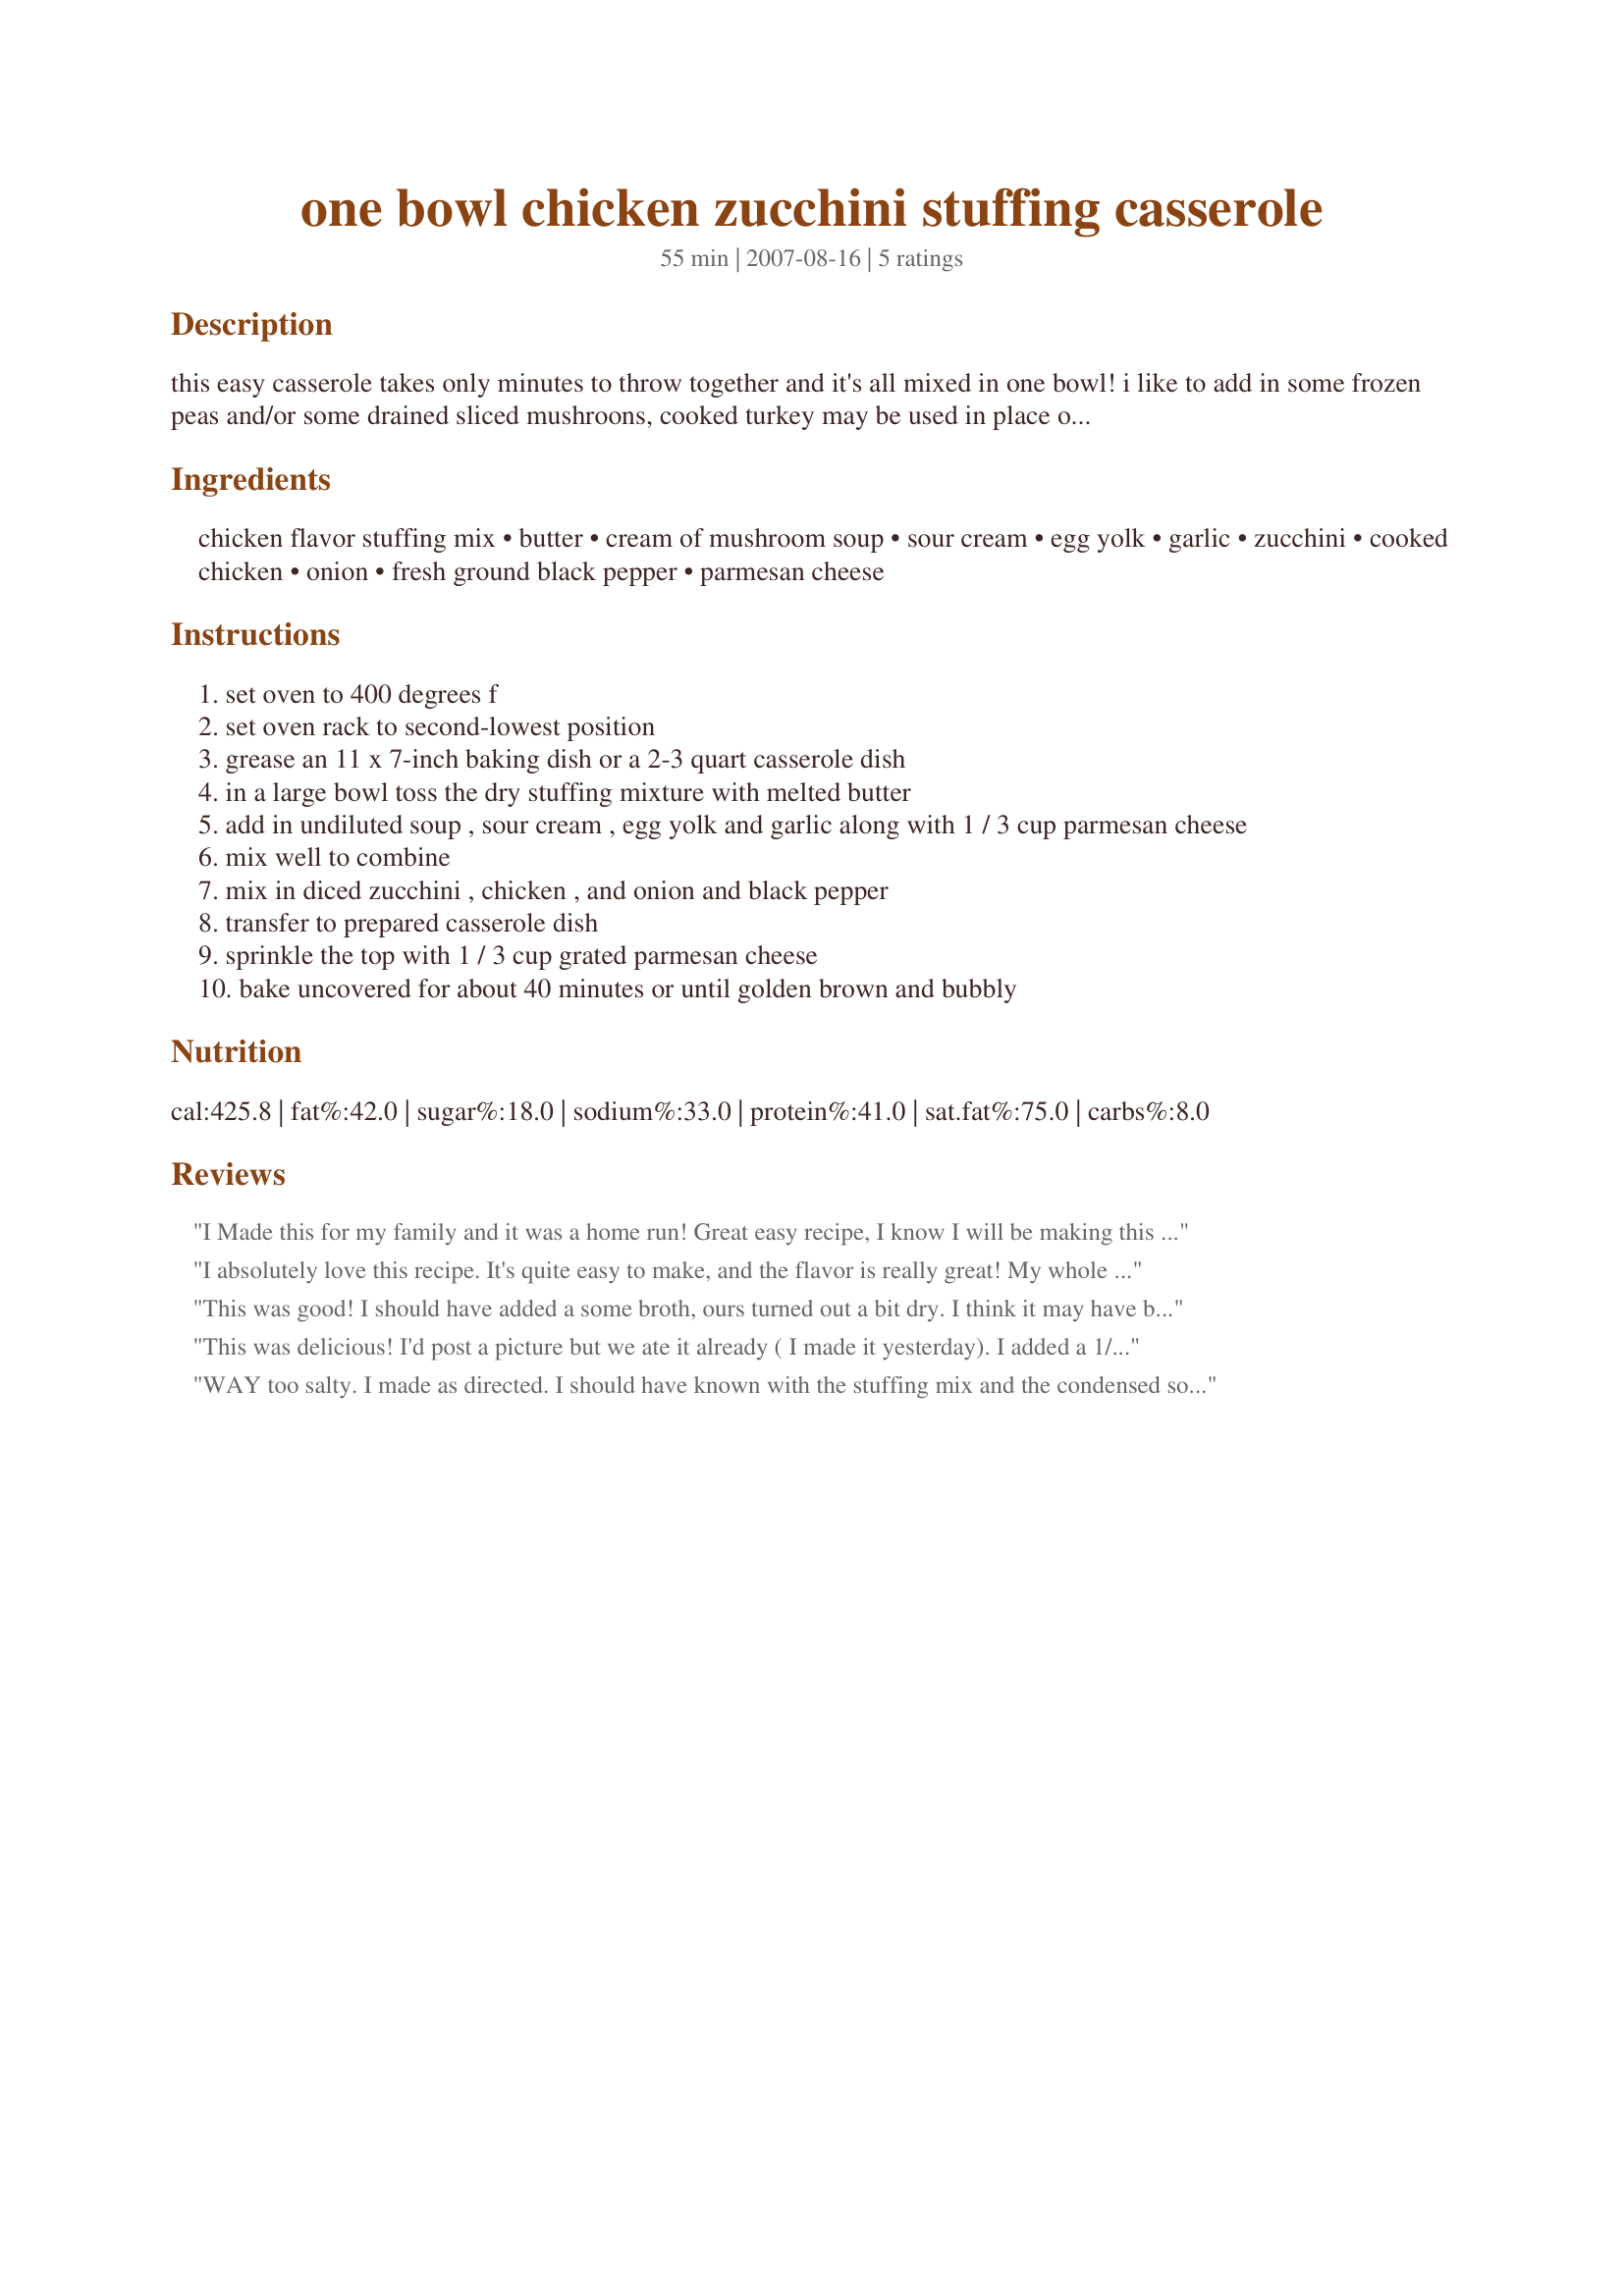
one bowl chicken zucchini stuffing casserole
Preparation time: 55 minutes

this easy casserole takes only minutes to throw together and it's all mixed in one bowl! i like to add in some frozen peas and/or some drained sliced mushroons, cooked turkey may be used in place of chicken, you may omit the zucchini and use another veggie of your choice, frozen broccoli works well, you may also sprinkle grated cheddar or mozzarella cheese on the last 5 minutes of baking if desired ---- *note* because of the high sodium content in the stuffing mix there is no need to add in any extra salt ;-)

Ingredients:
chicken flavor stuffing mix, butter, cream of mushroom soup, sour cream, egg yolk, garlic, zucchini, cooked chicken, onion, fresh ground black pepper, parmesan cheese

Steps:
set oven to 400 degrees f
set oven rack to second-lowest position
grease an 11 x 7-inch baking dish or a 2-3 quart casserole dish
in a large bowl toss the dry stuffing mixture with melted butter
add in undiluted soup , sour cream , egg yolk and garlic along with 1 / 3 cup parmesan cheese
mix well to combine
mix in diced zucchini , chicken , and onion and black pepper
transfer to prepared casserole dish
sprinkle the top with 1 / 3 cup grated parmesan cheese
bake uncovered for about 40 minutes or until golden brown and bubbly

Reviews:
I Made this for my family and it was a home run! Great easy recipe, I know I will be making this a LOT!!
I absolutely love this recipe. It's quite easy to make, and the flavor is really great! My whole family loves it. I like to try new things so I don't make repeat dinners often, but this is on the "several times a month" list by family request.
This was good! I should have added a some broth, ours turned out a bit dry. I think it may have been the stuffing mix I used, or maybe the zucchini was too small to add much moisture. Loved the zucchini. Thanks for posting the recipe.
This was delicious! I'd post a picture but we ate it already ( I made it yesterday). I added a 1/2 cup each of frozen corn and peas. I also used plain yogurt instead of the sour cream because I didn't have any.<br/>The hubby informed me I could, "make this every day". I think it would also be great with leftover pork chops instead of chicken. Our new favorite casserole.
WAY too salty. I made as directed. I should have known with the stuffing mix and the condensed soup that it may end up that way. I really liked the concept and the flavor, but the salt eventually got to me and I had to set it aside. I tend to go light on the salt in most of my cooking, but didn&#039;t expect the flavor in this to be so overwhelming. I REALLY wanted to like it!!!
